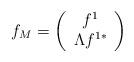
LaTeX: \begin{align*}f_M= \left(\begin{array}{c}f^1\\\Lambda f^{1*}\end{array}\right)\end{align*}